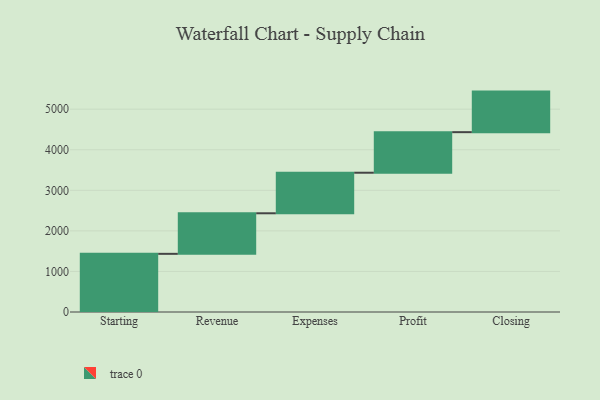
{"axis": {"x": "Step", "y": "Value"}, "legend": [""], "data": [{"x": "Starting", "y": 1434.0, "type": ""}, {"x": "Revenue", "y": 1000, "type": ""}, {"x": "Expenses", "y": 1000, "type": ""}, {"x": "Profit", "y": 1000, "type": ""}, {"x": "Closing", "y": 1000, "type": ""}]}